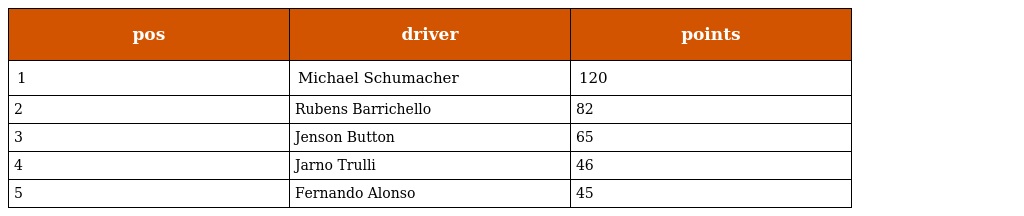
| pos | driver | points |
 | --- | --- | --- |
 | 1 | Michael Schumacher | 120 |
 | 2 | Rubens Barrichello | 82 |
 | 3 | Jenson Button | 65 |
 | 4 | Jarno Trulli | 46 |
 | 5 | Fernando Alonso | 45 |